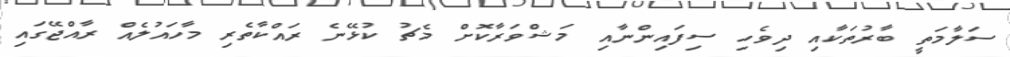
ސަލާމަތީ ބާރުތަކާއި ދިވެހި ސިފައިންނާއި މަޝްވަރާކޮށް މެޗު ކުޅޭނެ ރައްކާތެރި މާހައުލެއް ރާއްޖޭގައި